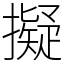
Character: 擬